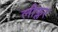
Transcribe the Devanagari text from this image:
लीफ्लर